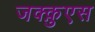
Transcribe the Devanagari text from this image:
जक्क़ुएस